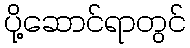
ပို့ဆောင်ရာတွင်